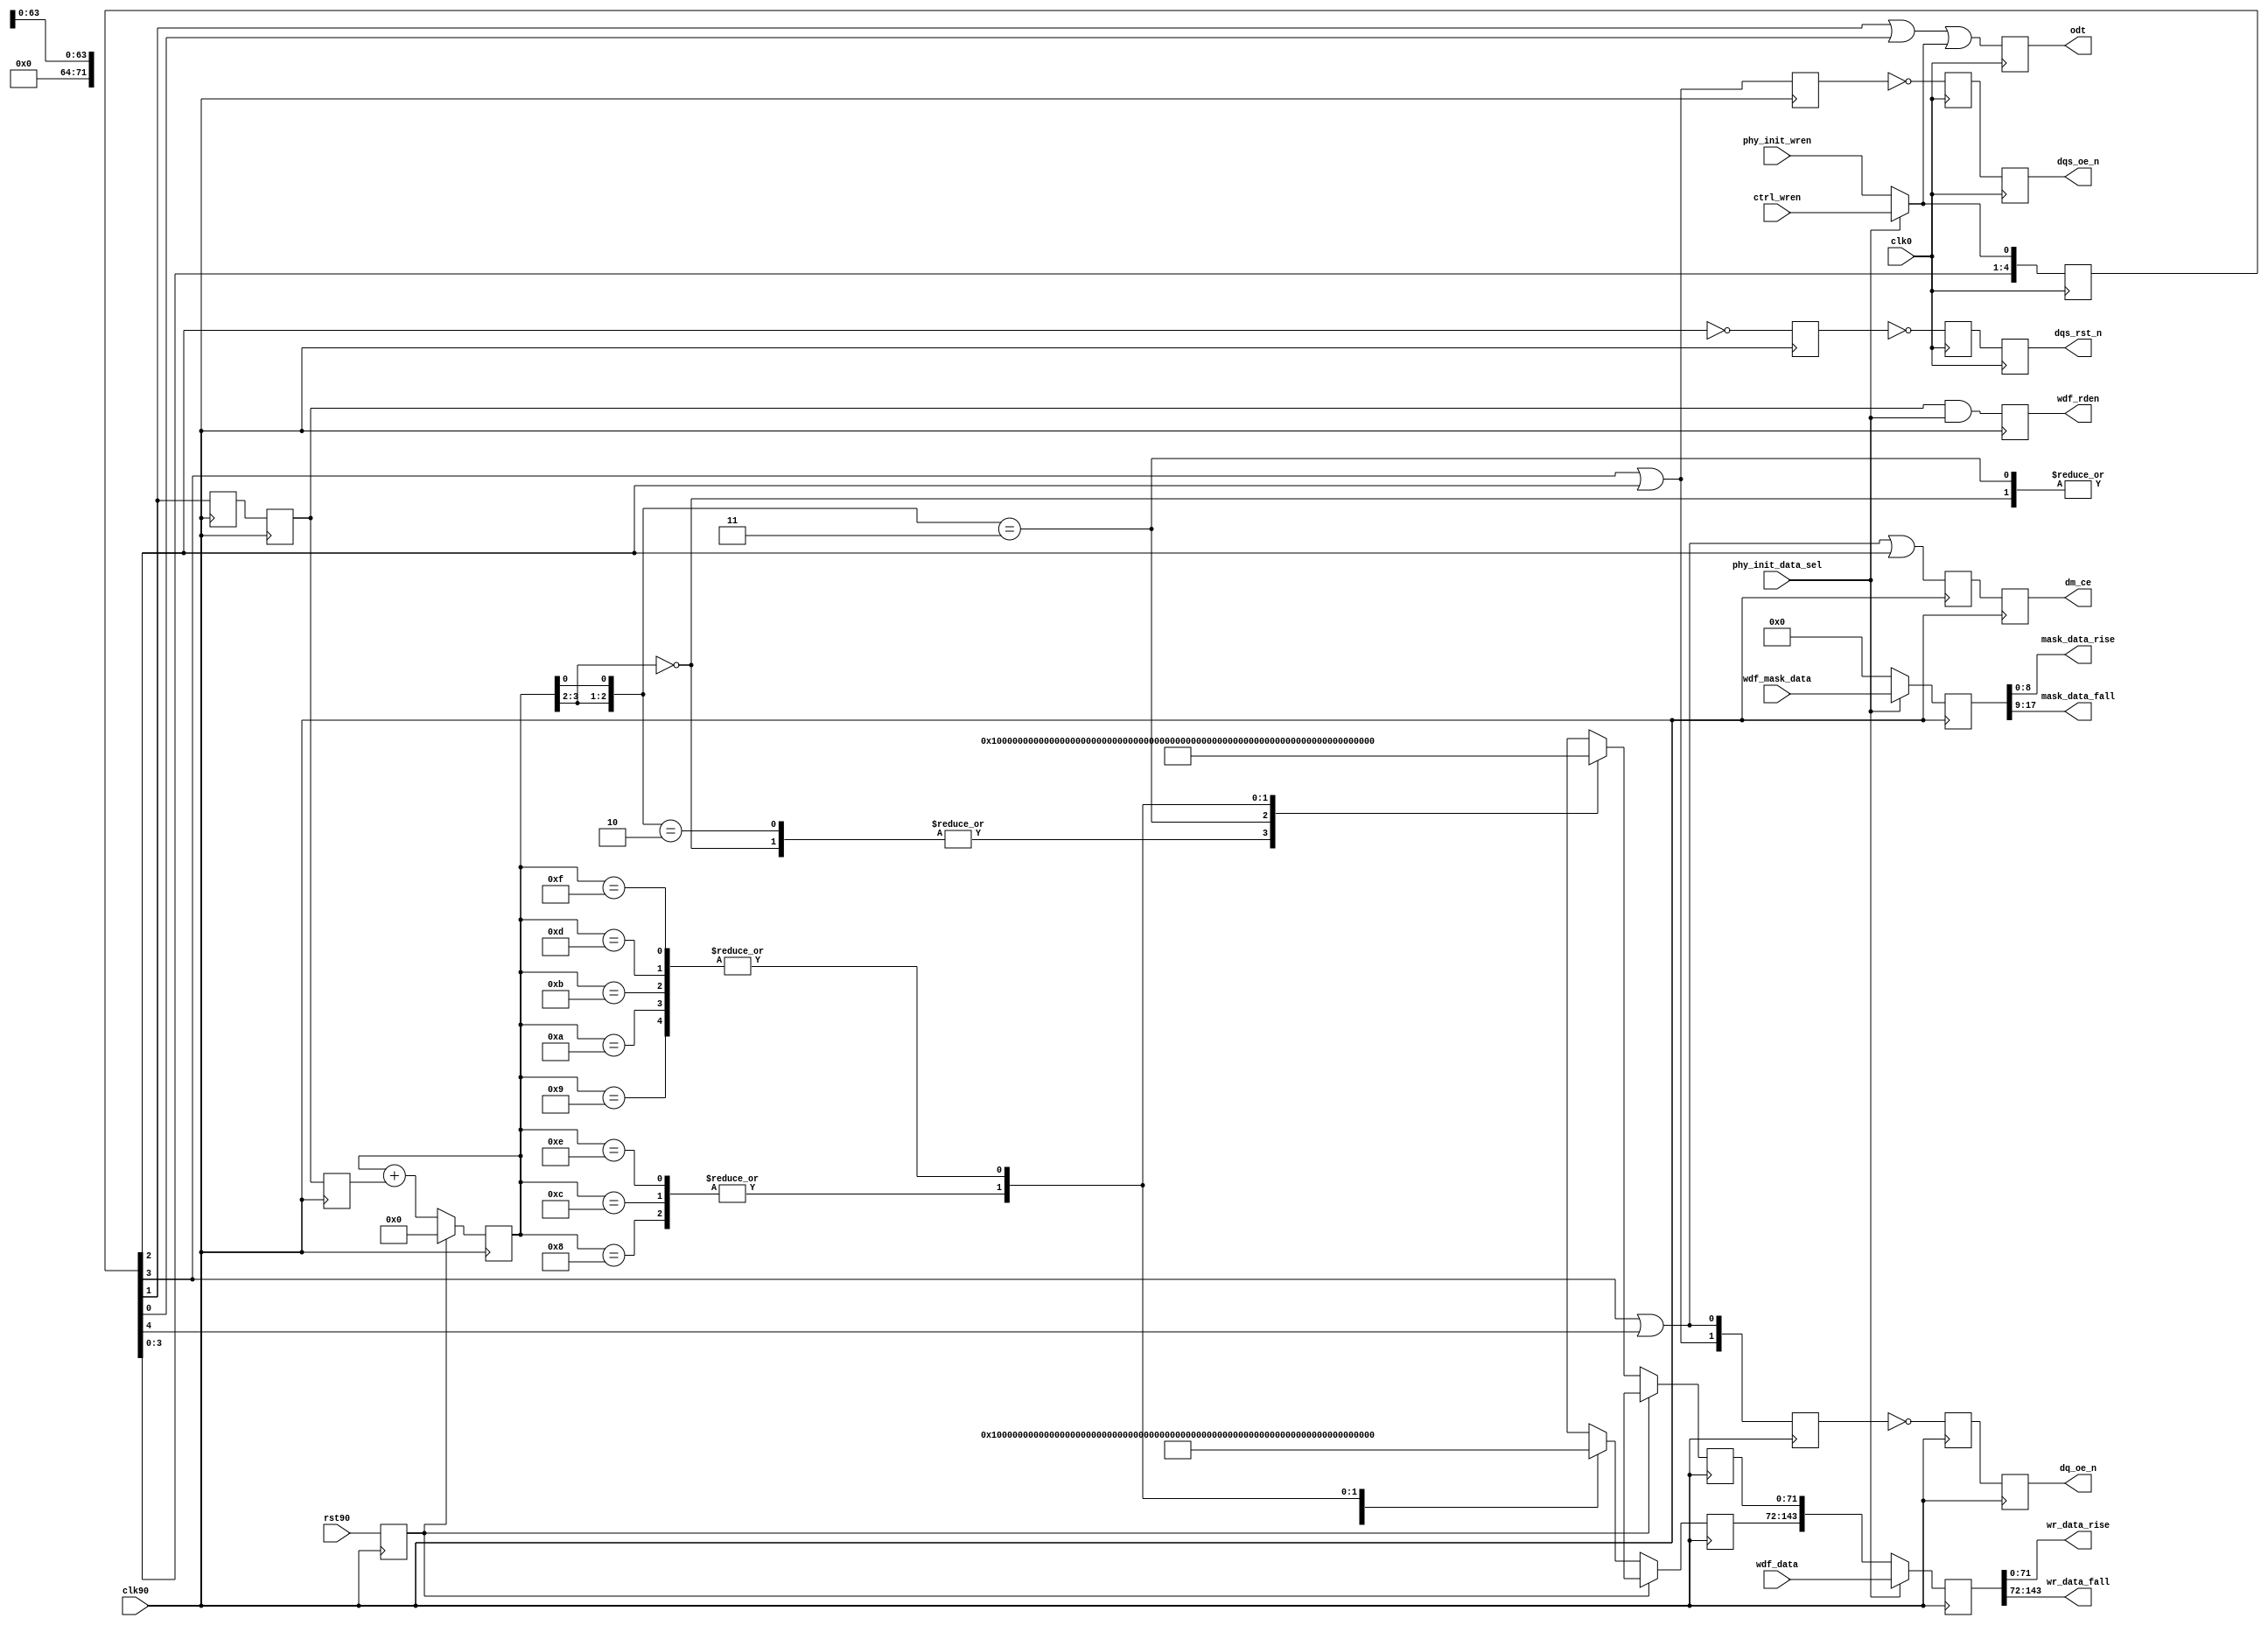
module ddr2_phy_write #
  (
   // Following parameters are for 72-bit RDIMM design (for ML561 Reference
   // board design). Actual values may be different. Actual parameters values
   // are passed from design top module MEMCtrl module. Please refer to
   // the MEMCtrl module for actual values.
   parameter DQ_WIDTH      = 72,
   parameter CS_NUM        = 1,
   parameter ADDITIVE_LAT  = 0,
   parameter CAS_LAT       = 5,
   parameter ECC_ENABLE    = 0,
   parameter ODT_TYPE      = 1,
   parameter REG_ENABLE    = 1,
   parameter DDR_TYPE      = 1
   )
  (
   input                       clk0,
   input                       clk90,
   input                       rst90,
   input [(2*DQ_WIDTH)-1:0]    wdf_data,
   input [(2*DQ_WIDTH/8)-1:0]  wdf_mask_data,
   input                       ctrl_wren,
   input                       phy_init_wren,
   input                       phy_init_data_sel,
   output reg                  dm_ce,
   output reg [1:0]            dq_oe_n,
   output reg                  dqs_oe_n ,
   output reg                  dqs_rst_n ,
   output                      wdf_rden,
   output reg [CS_NUM-1:0]     odt ,
   output [DQ_WIDTH-1:0]       wr_data_rise,
   output [DQ_WIDTH-1:0]       wr_data_fall,
   output [(DQ_WIDTH/8)-1:0]   mask_data_rise,
   output [(DQ_WIDTH/8)-1:0]   mask_data_fall
   );
 
  localparam   MASK_WIDTH               = DQ_WIDTH/8;
  localparam   DDR1                     = 0;
  localparam   DDR2                     = 1;
  localparam   DDR3                     = 2;
 
  // (MIN,MAX) value of WR_LATENCY for DDR1:
  //   REG_ENABLE   = (0,1)
  //   ECC_ENABLE   = (0,1)
  //   Write latency = 1
  //   Total: (1,3)
  // (MIN,MAX) value of WR_LATENCY for DDR2:
  //   REG_ENABLE   = (0,1)
  //   ECC_ENABLE   = (0,1)
  //   Write latency = ADDITIVE_CAS + CAS_LAT - 1 = (0,4) + (3,5) - 1 = (2,8)
  //     ADDITIVE_LAT = (0,4) (JEDEC79-2B)
  //     CAS_LAT      = (3,5) (JEDEC79-2B)
  //   Total: (2,10)
  localparam WR_LATENCY = (DDR_TYPE == DDR3) ?
             (ADDITIVE_LAT + (CAS_LAT) + REG_ENABLE ) :
             (DDR_TYPE == DDR2) ?
             (ADDITIVE_LAT + (CAS_LAT-1) + REG_ENABLE ) :
             (1 + REG_ENABLE );
 
  // NOTE that ODT timing does not need to be delayed for registered
  // DIMM case, since like other control/address signals, it gets
  // delayed by one clock cycle at the DIMM
  localparam ODT_WR_LATENCY = WR_LATENCY - REG_ENABLE;
 
  wire                     dm_ce_0;
  reg                      dm_ce_r;
  wire [1:0]               dq_oe_0;
  reg [1:0]                dq_oe_n_90_r1;
  reg [1:0]                dq_oe_270;
  wire                     dqs_oe_0;
  reg                      dqs_oe_270;
  reg                      dqs_oe_n_180_r1;
  wire                     dqs_rst_0;
  reg                      dqs_rst_n_180_r1;
  reg                      dqs_rst_270;
  reg                      ecc_dm_error_r;
  reg                      ecc_dm_error_r1;
  reg [(DQ_WIDTH-1):0]     init_data_f;
  reg [(DQ_WIDTH-1):0]     init_data_r;
  reg [3:0]                init_wdf_cnt_r;
  wire                     odt_0;
  reg                      rst90_r /* synthesis syn_maxfan = 10 */;
  reg [10:0]               wr_stages ;
  reg [(2*DQ_WIDTH)-1:0]   wdf_data_r;
  reg [(2*DQ_WIDTH/8)-1:0] wdf_mask_r;
  wire [(2*DQ_WIDTH/8)-1:0] wdf_ecc_mask;
 
  reg [(2*DQ_WIDTH/8)-1:0] wdf_mask_r1;
  wire                     wdf_rden_0;
  reg                      calib_rden_90_r;
  reg                      wdf_rden_90_r;
  reg                      wdf_rden_90_r1;
  reg                      wdf_rden_270;
 
  always @(posedge clk90)
      rst90_r <= rst90;
 
  //***************************************************************************
  // Analysis of additional pipeline delays:
  //   1. dq_oe (DQ 3-state): 1 CLK90 cyc in IOB 3-state FF
  //   2. dqs_oe (DQS 3-state): 1 CLK180 cyc in IOB 3-state FF
  //   3. dqs_rst (DQS output value reset): 1 CLK180 cyc in FF + 1 CLK180 cyc
  //      in IOB DDR
  //   4. odt (ODT control): 1 CLK0 cyc in IOB FF
  //   5. write data (output two cyc after wdf_rden - output of RAMB_FIFO w/
  //      output register enabled): 2 CLK90 cyc in OSERDES
  //***************************************************************************
 
  // DQS 3-state must be asserted one extra clock cycle due b/c of write
  // pre- and post-amble (extra half clock cycle for each)
  assign dqs_oe_0 = wr_stages[WR_LATENCY-1] | wr_stages[WR_LATENCY-2];
 
  // same goes for ODT, need to handle both pre- and post-amble (generate
  // ODT only for DDR2)
  // ODT generation for DDR2 based on write latency. The MIN write
  // latency is 2. Based on the write latency ODT is asserted.
  generate
    if ((DDR_TYPE != DDR1) && (ODT_TYPE > 0))begin: gen_odt_ddr2
       if(ODT_WR_LATENCY > 3)
         assign odt_0 =
                   wr_stages[ODT_WR_LATENCY-2] |
                   wr_stages[ODT_WR_LATENCY-3] |
                   wr_stages[ODT_WR_LATENCY-4] ;
       else if ( ODT_WR_LATENCY == 3)
         assign odt_0 =
                   wr_stages[ODT_WR_LATENCY-1] |
                   wr_stages[ODT_WR_LATENCY-2] |
                   wr_stages[ODT_WR_LATENCY-3] ;
       else
         assign odt_0 =
                  wr_stages[ODT_WR_LATENCY] |
                  wr_stages[ODT_WR_LATENCY-1] |
                  wr_stages[ODT_WR_LATENCY-2] ;
    end else
      assign odt_0 = 1'b0;
   endgenerate
 
  assign dq_oe_0[0]   = wr_stages[WR_LATENCY-1] | wr_stages[WR_LATENCY];
  assign dq_oe_0[1]   = wr_stages[WR_LATENCY-1] | wr_stages[WR_LATENCY-2];
  assign dqs_rst_0    = ~wr_stages[WR_LATENCY-2];
  assign dm_ce_0      = wr_stages[WR_LATENCY] | wr_stages[WR_LATENCY-1]
                        | wr_stages[WR_LATENCY-2];
 
  // write data fifo, read flag assertion
  generate
    if (DDR_TYPE != DDR1) begin: gen_wdf_ddr2
      if (WR_LATENCY > 2)
        assign wdf_rden_0 = wr_stages[WR_LATENCY-3];
      else
        assign wdf_rden_0 = wr_stages[WR_LATENCY-2];
    end else begin: gen_wdf_ddr1
      assign wdf_rden_0 = wr_stages[WR_LATENCY-2];
    end
  endgenerate
 
  // first stage isn't registered
  always @(*)
    wr_stages[0] = (phy_init_data_sel) ? ctrl_wren : phy_init_wren;
 
  always @(posedge clk0) begin
    wr_stages[1] <= wr_stages[0];
    wr_stages[2] <= wr_stages[1];
    wr_stages[3] <= wr_stages[2];
    wr_stages[4] <= wr_stages[3];
    wr_stages[5] <= wr_stages[4];
    wr_stages[6] <= wr_stages[5];
    wr_stages[7] <= wr_stages[6];
    wr_stages[8] <= wr_stages[7];
    wr_stages[9] <= wr_stages[8];
    wr_stages[10] <= wr_stages[9];
  end
 
  // intermediate synchronization to CLK270
  always @(negedge clk90) begin
    dq_oe_270         <= dq_oe_0;
    dqs_oe_270        <= dqs_oe_0;
    dqs_rst_270       <= dqs_rst_0;
    wdf_rden_270      <= wdf_rden_0;
  end
 
  // synchronize DQS signals to CLK180
  always @(negedge clk0) begin
    dqs_oe_n_180_r1  <= ~dqs_oe_270;
    dqs_rst_n_180_r1 <= ~dqs_rst_270;
  end
 
  // All write data-related signals synced to CLK90
  always @(posedge clk90) begin
    dq_oe_n_90_r1  <= ~dq_oe_270;
    wdf_rden_90_r  <= wdf_rden_270;
  end
 
  // generate for wdf_rden and calib rden. These signals
  // are asserted based on write latency. For write
  // latency of 2, the extra register stage is taken out.
  generate
   if (WR_LATENCY > 2) begin
     always @(posedge clk90) begin
        // assert wdf rden only for non calibration opertations
        wdf_rden_90_r1 <=  wdf_rden_90_r &
                           phy_init_data_sel;
        // rden for calibration
        calib_rden_90_r <= wdf_rden_90_r;
     end
   end else begin
     always @(*) begin
        wdf_rden_90_r1 = wdf_rden_90_r
                         & phy_init_data_sel;
        calib_rden_90_r = wdf_rden_90_r;
     end
  end // else: !if(WR_LATENCY > 2)
  endgenerate
 
  // dm CE signal to stop dm oscilation
  always @(negedge clk90)begin
    dm_ce_r <= dm_ce_0;
    dm_ce <= dm_ce_r;
  end
 
  // When in ECC mode the upper byte [71:64] will have the
  // ECC parity. Mapping the bytes which have valid data
  // to the upper byte in ecc mode. Also in ecc mode there
  // is an extra register stage to account for timing.
 
  genvar mask_i;
  generate
    if(ECC_ENABLE) begin
      for (mask_i  = 0; mask_i < (2*DQ_WIDTH)/72;
          mask_i = mask_i+1) begin: gen_mask
       assign wdf_ecc_mask[((mask_i*9)+9)-1:(mask_i*9)] =
                {&wdf_mask_data[(mask_i*8)+(7+mask_i):mask_i*9],
                wdf_mask_data[(mask_i*8)+(7+mask_i):mask_i*9]};
      end
    end
   endgenerate
 
  generate
    if (ECC_ENABLE) begin:gen_ecc_reg
       always @(posedge clk90)begin
          if(phy_init_data_sel)
               wdf_mask_r <= wdf_ecc_mask;
          else
             wdf_mask_r <= {(2*DQ_WIDTH/8){1'b0}};
      end       
    end else begin
      always@(posedge clk90) begin
        if (phy_init_data_sel)
          wdf_mask_r <= wdf_mask_data;
        else
          wdf_mask_r <= {(2*DQ_WIDTH/8){1'b0}};
      end
    end
  endgenerate
 
   always @(posedge clk90) begin
      if(phy_init_data_sel)
          wdf_data_r <= wdf_data;
      else
          wdf_data_r <={init_data_f,init_data_r};
   end
 
  // Error generation block during simulation.
  // Error will be displayed when all the DM
  // bits are not zero. The error will be
  // displayed only during the start of the sequence
  // for errors that are continous over many cycles.
  generate
    if (ECC_ENABLE) begin: gen_ecc_error
      always @(posedge clk90) begin
        //synthesis translate_off
        wdf_mask_r1 <= wdf_mask_r;
        if(DQ_WIDTH > 72)
           ecc_dm_error_r
              <= (
              (~wdf_mask_r1[35] && (|wdf_mask_r1[34:27])) ||
              (~wdf_mask_r1[26] && (|wdf_mask_r1[25:18])) ||
              (~wdf_mask_r1[17] && (|wdf_mask_r1[16:9])) ||
              (~wdf_mask_r1[8] &&  (|wdf_mask_r1[7:0]))) && phy_init_data_sel;
         else
            ecc_dm_error_r
              <= ((~wdf_mask_r1[17] && (|wdf_mask_r1[16:9])) ||
              (~wdf_mask_r1[8] &&  (|wdf_mask_r1[7:0]))) && phy_init_data_sel;
        ecc_dm_error_r1 <= ecc_dm_error_r ;
        if (ecc_dm_error_r && ~ecc_dm_error_r1) // assert the error only once.
          $display ("ECC DM ERROR. ");
        //synthesis translate_on
      end
    end
  endgenerate
 
  //***************************************************************************
  // State logic to write calibration training patterns
  //***************************************************************************
 
  always @(posedge clk90) begin
    if (rst90_r) begin
      init_wdf_cnt_r  <= 4'd0;
      init_data_r <= {64{1'bx}};
      init_data_f <= {64{1'bx}};
    end else begin
      init_wdf_cnt_r  <= init_wdf_cnt_r + calib_rden_90_r;
      casex (init_wdf_cnt_r)
        // First stage calibration. Pattern (rise/fall) = 1(r)->0(f)
        // The rise data and fall data are already interleaved in the manner
        // required for data into the WDF write FIFO
        4'b00xx: begin
          init_data_r <= {DQ_WIDTH{1'b1}};
          init_data_f <= {DQ_WIDTH{1'b0}};
        end
        // Second stage calibration. Pattern = 1(r)->1(f)->0(r)->0(f)
        4'b01x0: begin
           init_data_r <= {DQ_WIDTH{1'b1}};
           init_data_f <= {DQ_WIDTH{1'b1}};
          end
        4'b01x1: begin
           init_data_r <= {DQ_WIDTH{1'b0}};
           init_data_f <= {DQ_WIDTH{1'b0}};
        end
        // MIG 3.2: Changed Stage 3/4 training pattern
        // Third stage calibration patern = 
        //   11(r)->ee(f)->ee(r)->11(f)-ee(r)->11(f)->ee(r)->11(f)
        4'b1000: begin
          init_data_r <= {DQ_WIDTH/4{4'h1}};
          init_data_f <= {DQ_WIDTH/4{4'hE}};
        end
        4'b1001: begin
          init_data_r <= {DQ_WIDTH/4{4'hE}};
          init_data_f <= {DQ_WIDTH/4{4'h1}};
          end
        4'b1010: begin
          init_data_r <= {(DQ_WIDTH/4){4'hE}};
          init_data_f <= {(DQ_WIDTH/4){4'h1}};
        end
        4'b1011: begin
          init_data_r <= {(DQ_WIDTH/4){4'hE}};
          init_data_f <= {(DQ_WIDTH/4){4'h1}};
        end
        // Fourth stage calibration patern = 
        //   11(r)->ee(f)->ee(r)->11(f)-11(r)->ee(f)->ee(r)->11(f)
        4'b1100: begin
          init_data_r <= {DQ_WIDTH/4{4'h1}};
          init_data_f <= {DQ_WIDTH/4{4'hE}};
        end
        4'b1101: begin
          init_data_r <= {DQ_WIDTH/4{4'hE}};
          init_data_f <= {DQ_WIDTH/4{4'h1}};
          end
        4'b1110: begin
          init_data_r <= {(DQ_WIDTH/4){4'h1}};
          init_data_f <= {(DQ_WIDTH/4){4'hE}};
        end
        4'b1111: begin
          // MIG 3.5: Corrected last two writes for stage 4 calibration
          // training pattern. Previously MIG 3.3 and MIG 3.4 had the
          // incorrect pattern. This can sometimes result in a calibration
          // point with small timing margin. 
//          init_data_r <= {(DQ_WIDTH/4){4'h1}};
//          init_data_f <= {(DQ_WIDTH/4){4'hE}};
          init_data_r <= {(DQ_WIDTH/4){4'hE}};
          init_data_f <= {(DQ_WIDTH/4){4'h1}};
        end
      endcase
    end
  end
 
  //***************************************************************************
 
  always @(posedge clk90)
    dq_oe_n   <= dq_oe_n_90_r1;
 
  always @(negedge clk0)
    dqs_oe_n  <= dqs_oe_n_180_r1;
 
  always @(negedge clk0)
    dqs_rst_n <= dqs_rst_n_180_r1;
 
  // generate for odt. odt is asserted based on
  //  write latency. For write latency of 2
  //  the extra register stage is taken out.
  generate
    if (ODT_WR_LATENCY > 3) begin
      always @(posedge clk0) begin
        odt    <= 'b0;
        odt[0] <= odt_0;
      end
    end else begin
      always @ (*) begin
        odt = 'b0;
        odt[0] = odt_0;
      end
    end
  endgenerate
 
  assign wdf_rden  = wdf_rden_90_r1;
 
  //***************************************************************************
  // Format write data/mask: Data is in format: {fall, rise}
  //***************************************************************************
 
  assign wr_data_rise = wdf_data_r[DQ_WIDTH-1:0];
  assign wr_data_fall = wdf_data_r[(2*DQ_WIDTH)-1:DQ_WIDTH];
  assign mask_data_rise = wdf_mask_r[MASK_WIDTH-1:0];
  assign mask_data_fall = wdf_mask_r[(2*MASK_WIDTH)-1:MASK_WIDTH];
 
endmodule